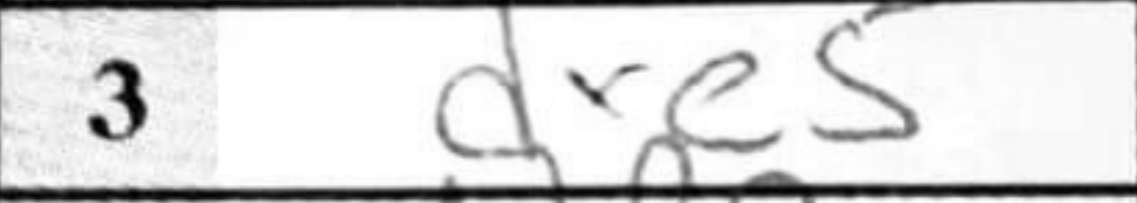
Transcription: dxe5